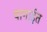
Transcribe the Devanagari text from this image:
बागाईत